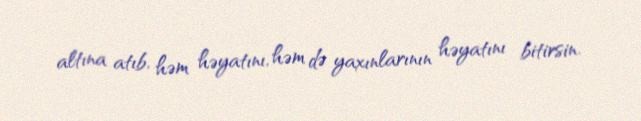
altına atıb, həm həyatını, həm də yaxınlarının həyatını bitirsin.